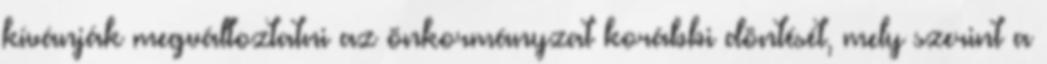
kívánják megváltoztatni az önkormányzat korábbi döntését, mely szerint a